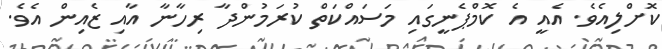
ކޮށްލިއެވެ. އެއީ އެ ކޮމްޕެނީގައި މަސައްކަތް ކުރަމުންދާ ރިހާނާ އާއި ޒެއިން އެވެ.